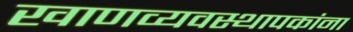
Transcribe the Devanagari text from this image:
खाणव्यवस्थापकांना